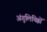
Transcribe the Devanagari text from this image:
अंगुलिचिह्नों